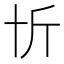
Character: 𠦉